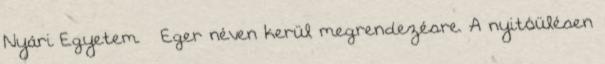
Nyári Egyetem – Eger néven kerül megrendezésre. A nyitóülésen